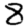
Digit: 8